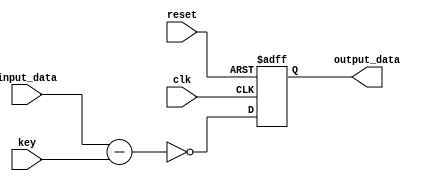
`timescale 1ns / 1ps

module decoder(reset, clk, input_data, output_data, key);

input reset, clk;
input [7:0] input_data;
input [3:0] key;

output reg [7:0] output_data;


always @ (posedge clk, posedge reset)
begin
	if(reset) output_data = 8'b0000_0000;
	else
	begin
		output_data = input_data - key;
		output_data = ~output_data;
	end
end
endmodule